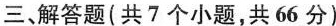
三、解答题(共7个小题，共66分)